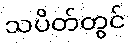
သပိတ်တွင်